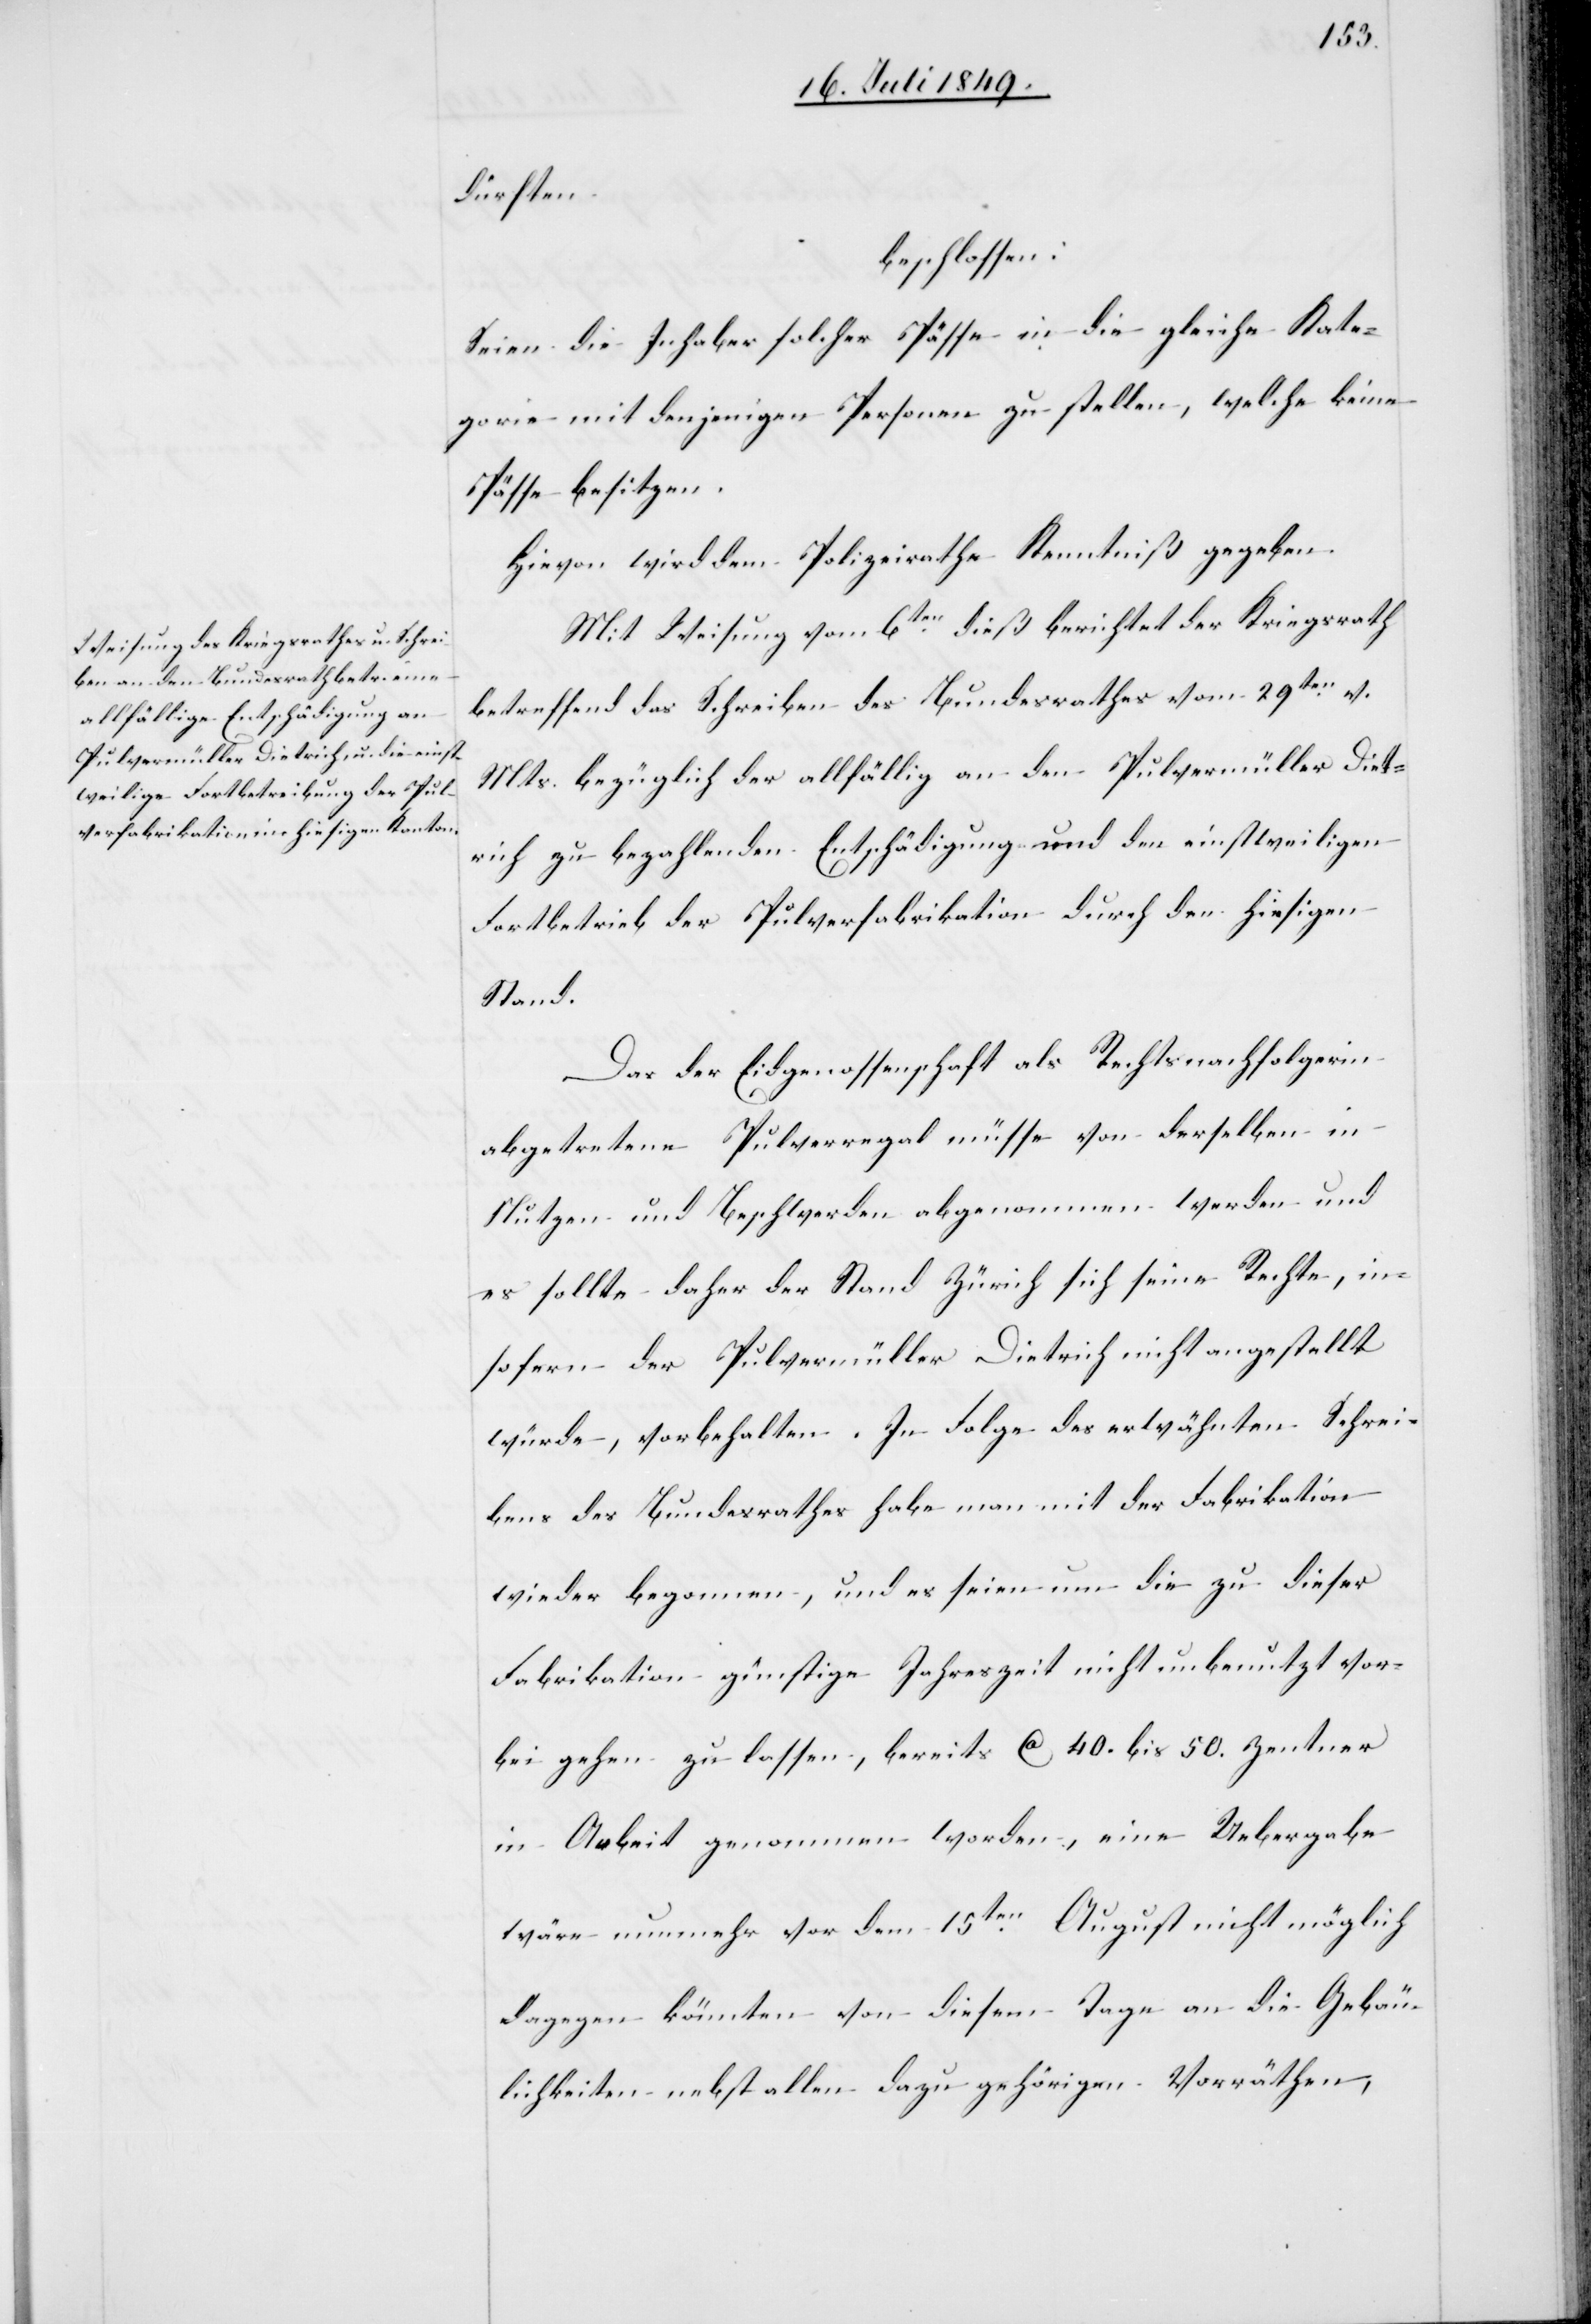
dürften
beschlossen:
Seien die Inhaber solcher Pässe in die gleiche Kate¬
gorie mit denjenigen Personen zu stellen, welche keine
Pässe besitzen.
Hievon wird dem Polizeirathe Kenntniß gegeben.
Mit Weisung vom 6ten dieß berichtet der Kriegsrath
betreffend das Schreiben des Bundesrathes vom 29ten v.
Mts. bezüglich der allfällig an den Pulvermüller Diet¬
rich zu bezahlenden Entschädigung und den einstweiligen
Fortbetrieb der Pulverfabrikation durch den hiesigen
Stand.
Das der Eidgenossenschaft als Rechtsnachfolgerin
abgetretene Pulverregal müsse von derselben in
Nutzen und Beschwerden abgenommen werden und
es sollte daher der Stand Zürich sich seine Rechte, in¬
sofern der Pulvermüller Dietrich nicht angestellt
würde, vorbehalten. In Folge des erwähnten Schrei¬
bens des Bundesrathes habe man mit der Fabrikation
wieder begonnen, und es seien um die zu dieser
Fabrikation günstige Jahreszeit nicht unbenutzt vor¬
bei gehen zu lassen, bereits ca 40. bis 50. Zentner
in Arbeit genommen worden, eine Uebergabe
wäre nunmehr vor dem 15ten August nicht möglich
dagegen könnten von diesem Tage an die Gebäu¬
lichkeiten nebst allen dazu gehörigen Vorräthen,